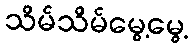
သိမ်သိမ်မွေ့မွေ့